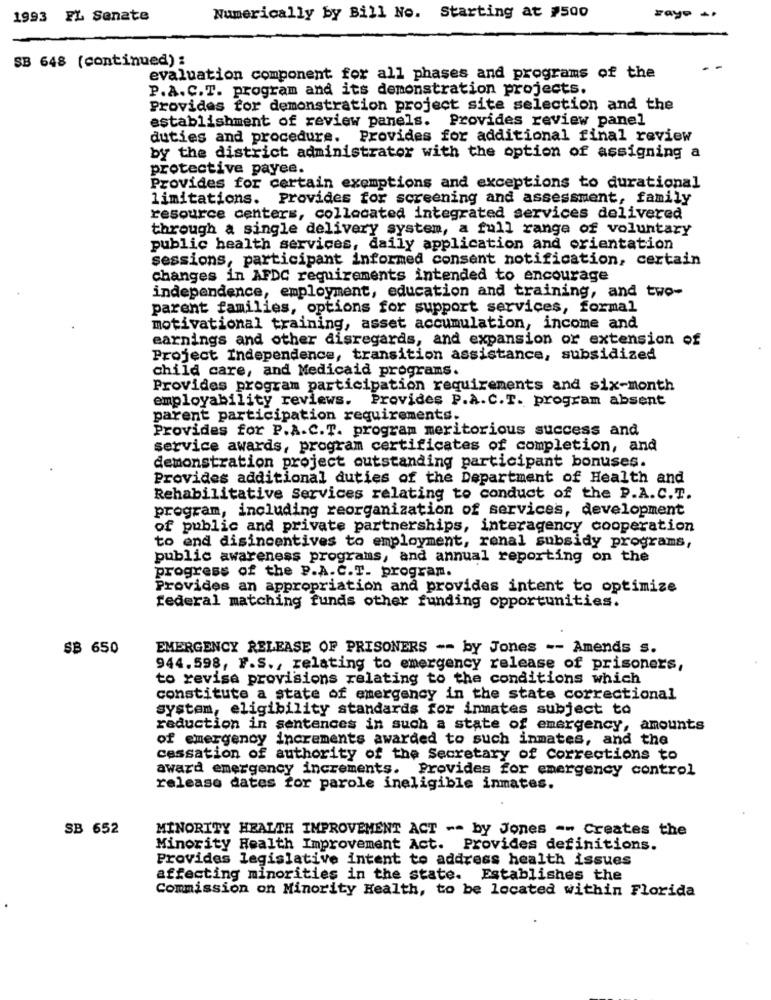
1993 FL Senate
Numerically by Bill No. Starting at #500
SB 648 (continued):
evaluation component for all phases and programs of the
P.A. C.T. program and its demonstration projects.
Provides for demonstration project site selection and the
establishment of review panels. Provides review panel
duties and procedure. Provides for additional final review
by the district administrator with the option of assigning a
protective payee.
Provides for certain exemptions and exceptions to durational
limitations. Provides for screening and assessment, family
resource centers, collocated integrated services delivered
through a single delivery system, a full range of voluntary
public health services, daily application and orientation
sessions, participant informed consent notification, certain
changes in AFDC requirements intended to encourage
independence, employment, education and training, and two-
parent families, options for support services, formal
motivational training, asset accumulation, income and
earnings and other disregards, and expansion or extension of
Project Independence, transition assistance, subsidized
child care, and Medicaid programs.
Provides program participation requirements and six-month
employability reviews. Provides P.A.C.T. program absent
parent participation requirements.
Provides for P.A.C.T. program meritorious success and
service awards, program certificates of completion, and
demonstration project outstanding participant bonuses.
Provides additional duties of the Department of Health and
Rehabilitative Services relating to conduct of the P.A.C.T.
program, including reorganization of services, development
of public and private partnerships, interagency cooperation
to end disincentives to employment, ronal subsidy programs,
public awareness programs, and annual reporting on the
progress of the P.A.C.T. program.
Provides an appropriation and provides intent to optimize
federal matching funds other funding opportunities.
SB 650
EMERGENCY RELEASE OF PRISONERS -- by Jones -- Amends s.
944.598, F.S ., relating to emergency release of prisoners,
to revisa provisions relating to the conditions which
constitute a state of emergency in the state correctional
system, eligibility standards for inmates subject to
reduction in sentences in such a state of emergency, amounts
of emergency increments awarded to such inmates, and the
cessation of authority of the Secretary of Corrections to
award emergency increments. Provides for emergency control
release dates for parole ineligible inmates.
SB 652
MINORITY HEALTH IMPROVEMENT ACT -- by Jones -- Creates the
Minority Health Improvement Act. Provides definitions.
Provides legislative intent to address health issues
affecting minorities in the state. Establishes the
Commission on Minority Health, to be located within Florida